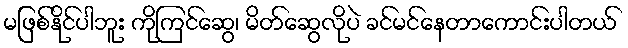
မဖြစ်နိုင်ပါဘူး ကိုကြင်ဆွေ၊ မိတ်ဆွေလိုပဲ ခင်မင်နေတာကောင်းပါတယ်